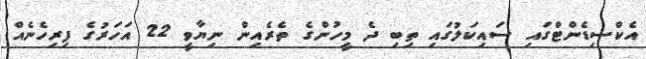
އެކްސިޑެންޓްގައި ސައިކަލުގައި ތިބި ދެ މީހުންގެ ތެރެއިން ނިޔާވީ 22 އަހަރުގެ ފިރިހެނެއް